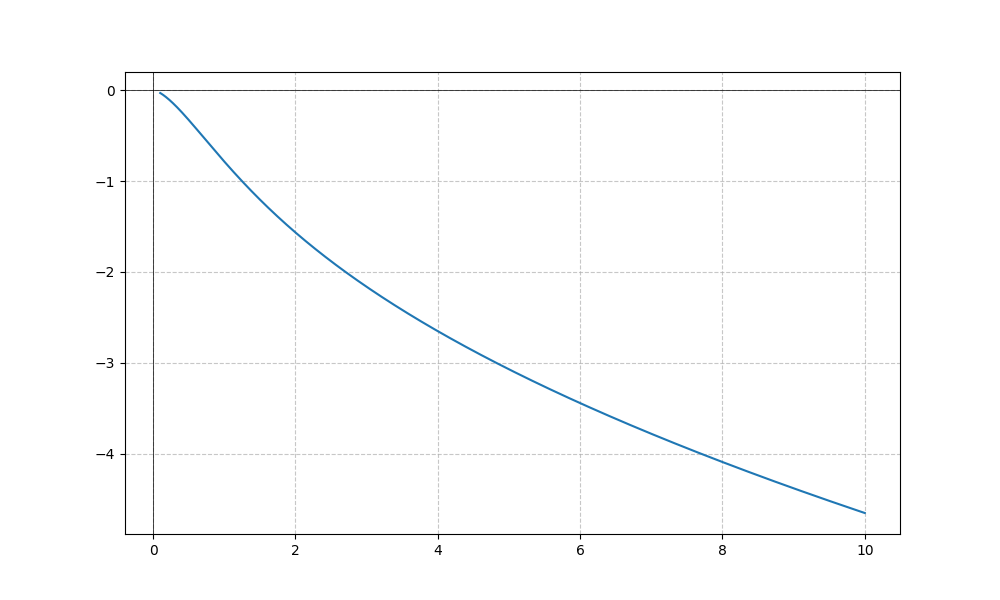
LaTeX formula: - \sqrt{x} \operatorname{atan}{\left(x \right)}